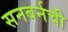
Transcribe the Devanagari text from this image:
सनबर्नची